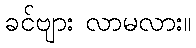
ခင်ဗျား လာမလား။